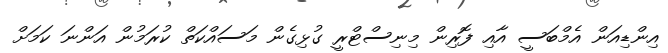
އިންޑިއަން އެމްބަސީ އާއި ފޮރިން މިނިސްޓްރީ ގުޅިގެން މަސައްކަތް ކުރަމުން އަންނަ ކަމަށް